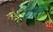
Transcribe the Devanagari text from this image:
पतिं